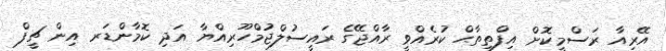
އޭރިއާ ރަސްމީކޮށް އިފްތިތާޙް ކުރެއްވީ ރާއްޖޭގެ ރައީސުލްޖުމްހޫރިއްޔާ އަދި ކޮމާންޑަރ އިން ޗީފް